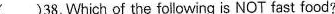
( )38.Which of the following is NOT fast food?